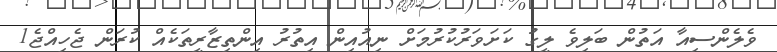
ވެލެންސިއާ އަތުން ބަލިވެ ލީގު ކަށަވަރުކުރުމަށް ނިއުއިން އިތުރު އިންތިޒާރީތަކެއް ކުރަން ޖެހިއްޖެ1